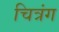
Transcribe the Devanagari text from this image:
चित्रंग